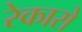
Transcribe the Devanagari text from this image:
रेकारो